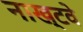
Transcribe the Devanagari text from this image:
नाख्टवे